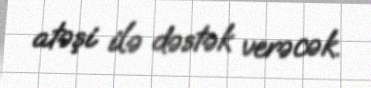
atəşi ilə dəstək verəcək.